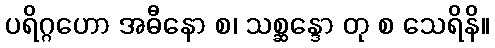
ပရိဂ္ဂဟော အဓီနော စ၊ သစ္ဆန္ဒော တု စ သေရိနိ။